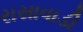
રાસાવાડી